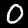
Digit: 0